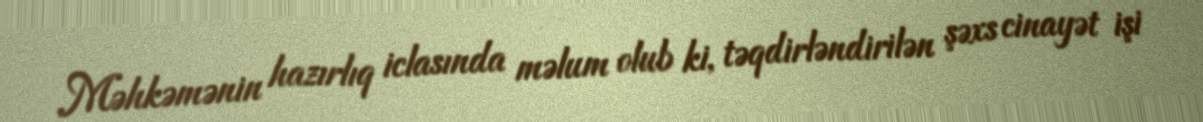
Məhkəmənin hazırlıq iclasında məlum olub ki, təqdirləndirilən şəxs cinayət işi